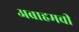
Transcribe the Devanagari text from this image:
अब्राहमची